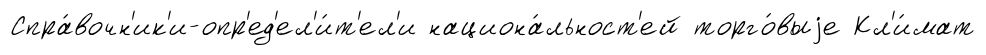
Спра́вочн'ик'и-опр'ед'ел'и́т'ел'и национа́льност'ей торго́выjе Кл'и́мат